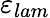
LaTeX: \varepsilon_{lam}